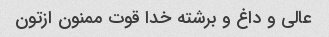
عالی و داغ و برشته خدا قوت ممنون ازتون